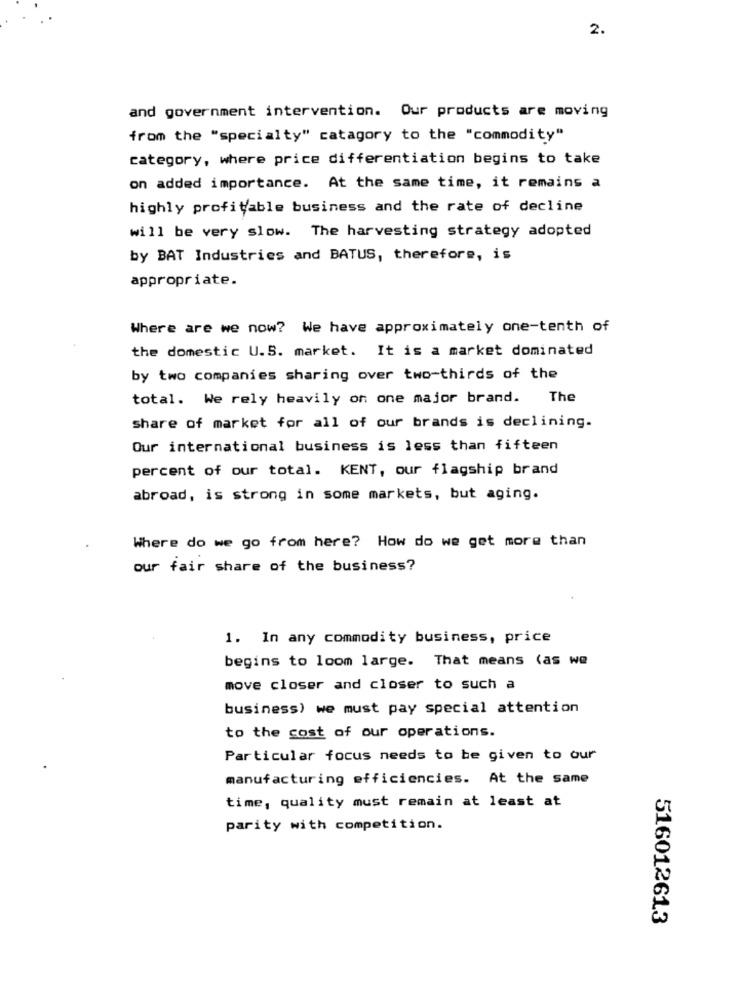
2.
and government intervention. Our products are moving
from the "specialty" catagory to the "commodity"
category, where price differentiation begins to take
on added importance. At the same time, it remains a
highly profitable business and the rate of decline
will be very slow. The harvesting strategy adopted
by BAT Industries and BATUS, therefore, is
appropriate.
Where are we now? We have approximately one-tenth of
the domestic U.S. market. It is a market dominated
by two companies sharing over two-thirds of the
total. We rely heavily on one major brand. The
share of market for all of our brands is declining.
Our international business is less than fifteen
percent of our total. KENT, our flagship brand
abroad, is strong in some markets, but aging.
Where do we go from here? How do we get more than
our fair share of the business?
1. In any commodity business, price
begins to loom large. That means (as we
move closer and closer to such a
business) we must pay special attention
to the cost of our operations.
Particular focus needs to be given to our
manufacturing efficiencies. At the same
time, quality must remain at least at
parity with competition.
516012613